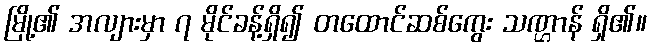
မြို့၏ အလျားမှာ ၇ မိုင်ခန့်ရှိ၍ တထောင်ဆစ်ကွေး သဏ္ဌာန် ရှိ၏။